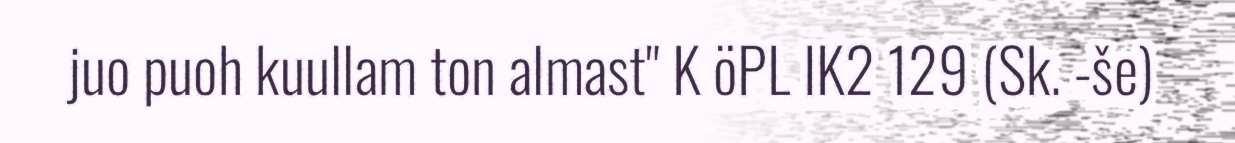
juo puoh kuullam ton almast" K öPL IK2 129 (Sk. -še)